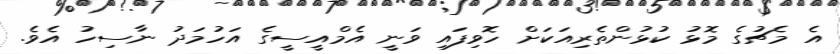
އެ މެޗުގެ މޮޅު ކުޅުންތެރިއަކަށް ހޮވިފައި ވަނީ އެމްއީސީގެ އަހުމަދު ނާސިހު އެވެ.